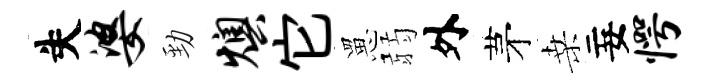
失婆勁燠它罳弱外茅桑妄愕